Document type: Emphyteutic lease
Year: 1276
Scribe: Pere de Roca
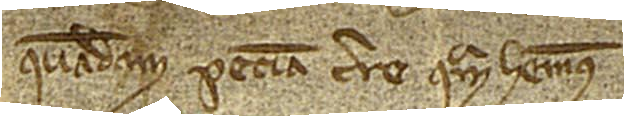
quadam peciam terre quam habemus